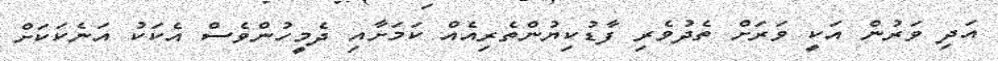
އަދި ވަރުން އަކީ ވަރަށް ތެދުވެރި ފާޑުކިޔުންތެރިއެއް ކަމަށާއި ދެމީހުންވެސް އެކަކު އަނެކަކަށް